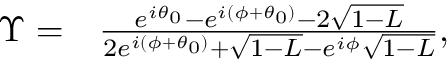
\begin{array} { r l } { \Upsilon = } & { { } \frac { e ^ { i \theta _ { 0 } } - e ^ { i ( \phi + \theta _ { 0 } ) } - 2 \sqrt { 1 - L } } { 2 e ^ { i ( \phi + \theta _ { 0 } ) } + \sqrt { 1 - L } - e ^ { i \phi } \sqrt { 1 - L } } , } \end{array}